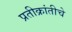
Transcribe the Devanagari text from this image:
प्रतीक्रांतीचे